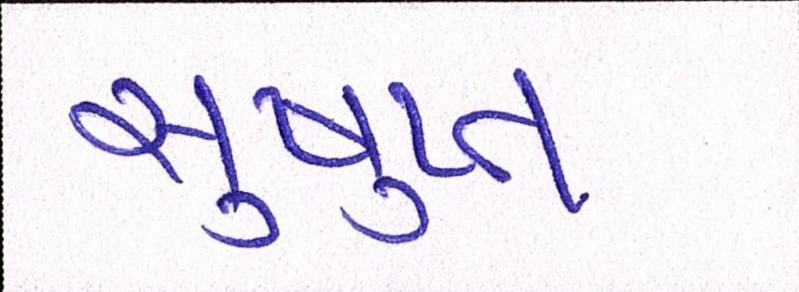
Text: સુષુપ્ત